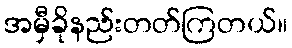
အမှီခိုနည်းတတ်ကြတယ်။